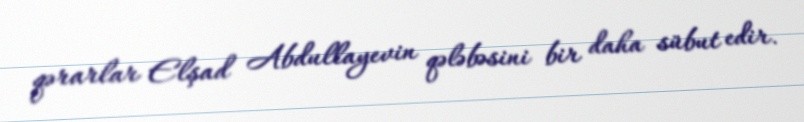
qərarlar Elşad Abdullayevin qələbəsini bir daha sübut edir.